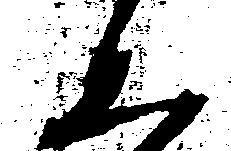
み